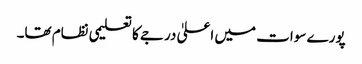
پورے سوات میں اعلیٰ درجے کا تعلیمی نظام تھا۔